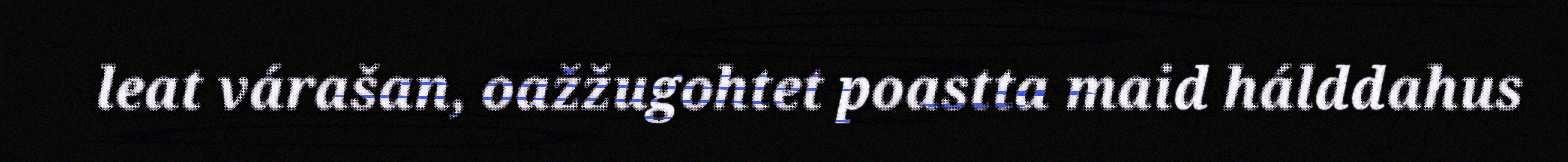
leat várašan, oažžugohtet poastta maid hálddahus